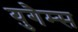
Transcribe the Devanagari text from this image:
युगैम्स